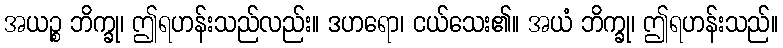
အယဉ္စ ဘိက္ခု၊ ဤရဟန်းသည်လည်း။ ဒဟရော၊ ငယ်သေး၏။ အယံ ဘိက္ခု၊ ဤရဟန်းသည်။